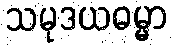
သမုဒယဓမ္မာ